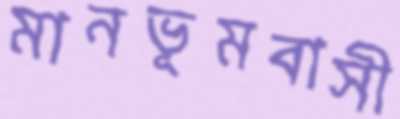
মানভূমবাসী